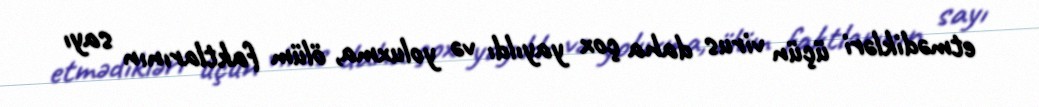
etmədikləri üçün virus daha çox yayıldı və yoluxma, ölüm faktlarının sayı